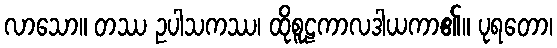
လာသော။ တဿ ဥပါသကဿ၊ ထိုစူဠကာလဒါယကာ၏။ ပုရတော၊